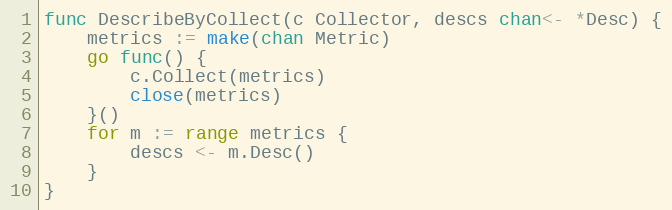
Language: Go
func DescribeByCollect(c Collector, descs chan<- *Desc) {
	metrics := make(chan Metric)
	go func() {
		c.Collect(metrics)
		close(metrics)
	}()
	for m := range metrics {
		descs <- m.Desc()
	}
}